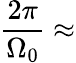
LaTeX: \frac{2\pi}{\Omega_{0}}\approx